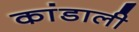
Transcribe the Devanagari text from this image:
कांडाली